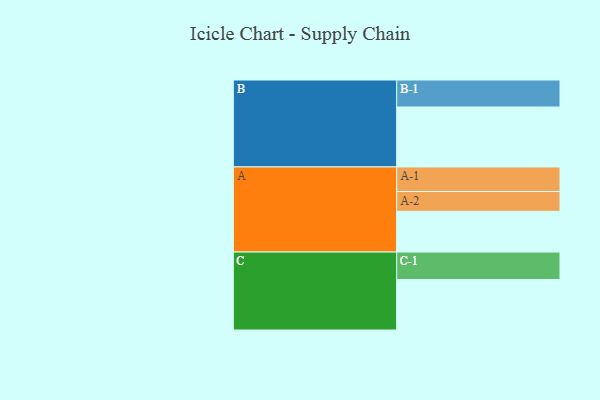
{"axis": {"x": "Segment", "y": "Value"}, "legend": ["", "A", "B", "C"], "data": [{"x": "A", "y": 375, "type": ""}, {"x": "B", "y": 552, "type": ""}, {"x": "C", "y": 465, "type": ""}, {"x": "A-1", "y": 226, "type": "A"}, {"x": "A-2", "y": 183, "type": "A"}, {"x": "B-1", "y": 249, "type": "B"}, {"x": "C-1", "y": 253, "type": "C"}]}